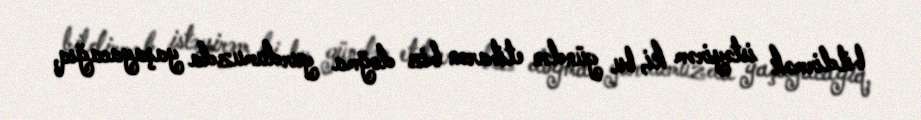
bildirmək istəyirəm ki, bu gündən etibarən biz doğma yurdumuzda yaşayacağıq,